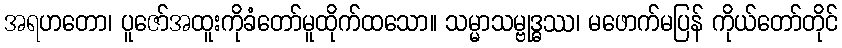
အရဟတော၊ ပူဇော်အထူးကိုခံတော်မူထိုက်ထသော။ သမ္မာသမ္ဗုဒ္ဓဿ၊ မဖောက်မပြန် ကိုယ်တော်တိုင်